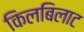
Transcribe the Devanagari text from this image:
किलबिलाट